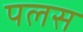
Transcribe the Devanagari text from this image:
पलस